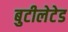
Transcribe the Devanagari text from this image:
बुटीलेटेड